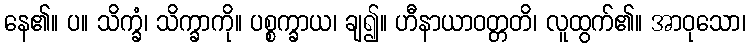
နေ၏။ ပ။ သိက္ခံ၊ သိက္ခာကို။ ပစ္စက္ခာယ၊ ချ၍။ ဟီနာယာဝတ္တတိ၊ လူထွက်၏။ အာဝုသော၊